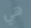
هي